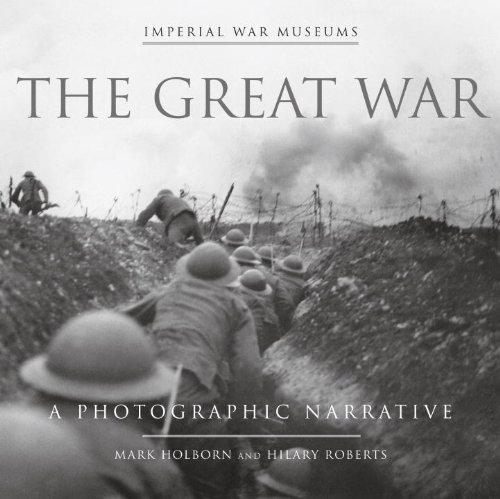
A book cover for The Great War (Imperial War Museums); Mark Holborn; Arts & Photography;